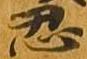
忍